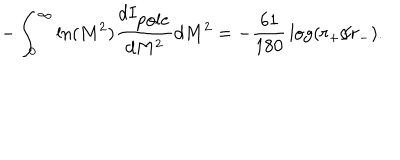
LaTeX: - \int _ { 0 } ^ { \infty } \ln ( M ^ { 2 } ) { \frac { d I _ { \mathrm { p o l e } } } { d M ^ { 2 } } } d M ^ { 2 } = - { \frac { 6 1 } { 1 8 0 } } \log ( r _ { + } / r _ { - } ) .